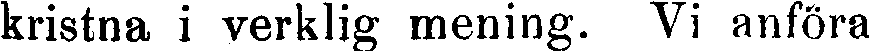
kristna i verklig mening. Vi anföra